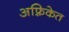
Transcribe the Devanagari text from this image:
अफ़्रिकेत